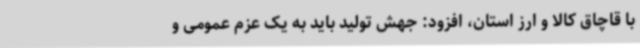
با قاچاق کالا و ارز استان، افزود: جهش تولید باید به یک عزم عمومی و